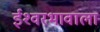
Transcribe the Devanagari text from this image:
ईश्‍वरभावाला